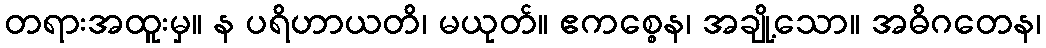
တရားအထူးမှ။ န ပရိဟာယတိ၊ မယုတ်။ ဧကစ္စေန၊ အချို့သော။ အဓိဂတေန၊